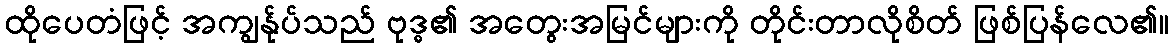
ထိုပေတံဖြင့် အကျွန်ုပ်သည် ဗုဒ္ဓ၏ အတွေးအမြင်များကို တိုင်းတာလိုစိတ် ဖြစ်ပြန်လေ၏။